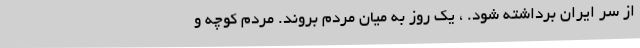
از سر ایران برداشته شود. ، یک روز به میان مردم بروند. مردم کوچه و